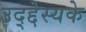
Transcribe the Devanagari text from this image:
उद्द्देस्यके